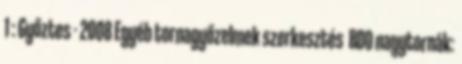
1 : Győztes - 2008 Egyéb tornagyőzelmek szerkesztés BDO nagytornák: